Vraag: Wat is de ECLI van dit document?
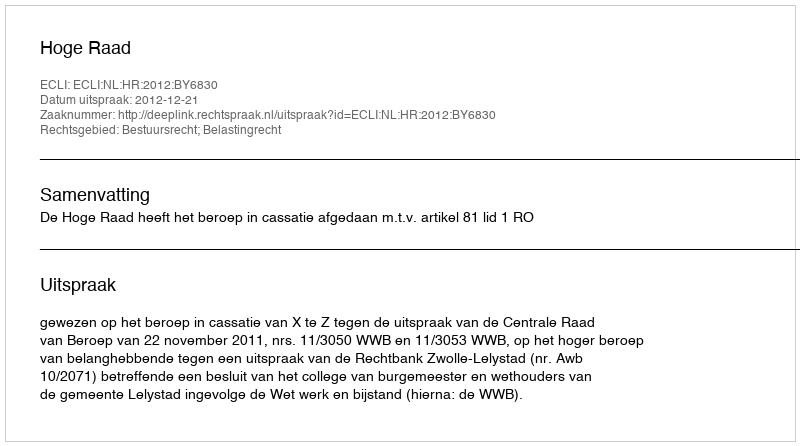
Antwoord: ECLI:NL:HR:2012:BY6830